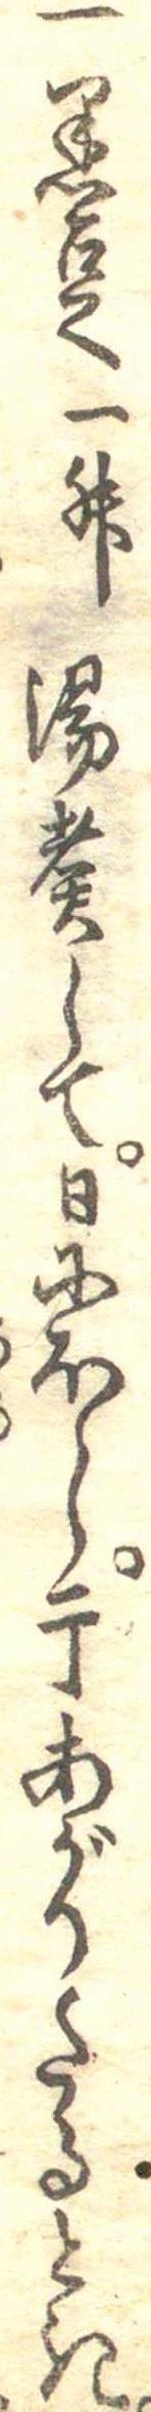
一黒豆一升湯煮して日にほし干あがりたるとき